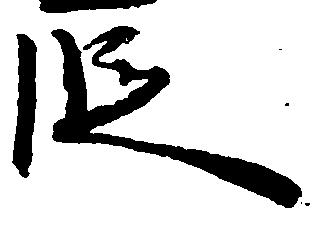
段